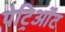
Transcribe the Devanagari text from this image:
पेट्रिऑट